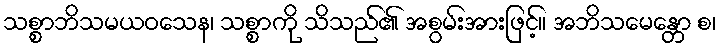
သစ္စာဘိသမယဝသေန၊ သစ္စာကို သိသည်၏ အစွမ်းအားဖြင့်။ အဘိသမေန္တော စ၊